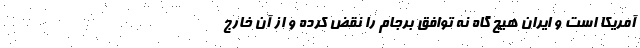
آمریکا است و ایران هیچ گاه نه توافق برجام را نقض کرده و از آن خارج